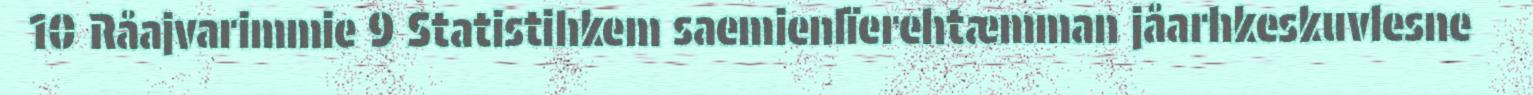
10 Råajvarimmie 9 Statistihkem saemienlïerehtæmman jåarhkeskuvlesne